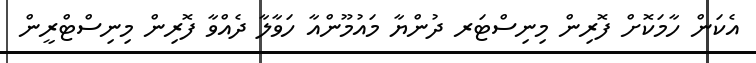
އެކަން ހާމަކޮށް ފޮރިން މިނިސްޓަރ ދުންޔާ މައުމޫންއާ ހަވާލާ ދެއްވާ ފޮރިން މިނިސްޓްރީން